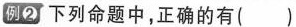
例2 下列命题中，正确的有()